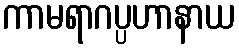
ကာမရာဂပ္ပဟာနာယ